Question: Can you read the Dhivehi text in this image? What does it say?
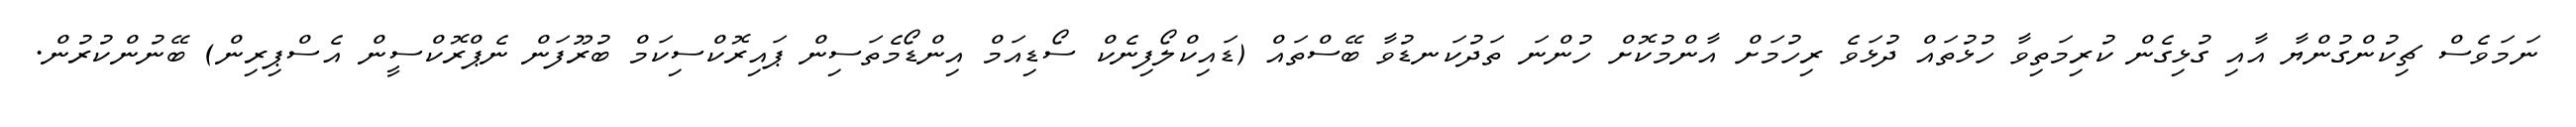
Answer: ނަމަވެސް ޗިކުންގުންޔާ އާއި ގުޅިގެން ކުރިމަތިވާ ހުޅުތައް ދުޅަވެ ރިހުމަށް އާންމުކޮށް ހުންނަ ތަދުކަނޑުވާ ބޭސްތައް (ޑައިކްލޯފިނެކް ސޯޑިއަމް އިންޑޯމެތަސިން ޕައިރޮކްސިކަމް ބުރޫފަން ނެޕްރޮކްސީން އެސްޕިރިން) ބޭނުންކުރުން.